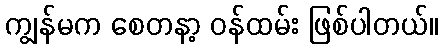
ကျွန်မက စေတနာ့ ဝန်ထမ်း ဖြစ်ပါတယ်။